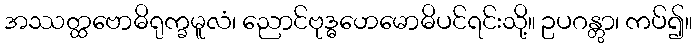
အဿတ္ထဗောဓိရုက္ခမူလံ၊ ညောင်ဗုဒ္ဓဟေမောဓိပင်ရင်းသို့။ ဥပဂန္တွာ၊ ကပ်၍။